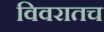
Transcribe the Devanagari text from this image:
विवरातच